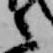
言